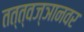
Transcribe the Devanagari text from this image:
तत्त्वज्ञानवर